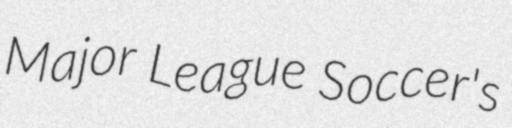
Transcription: Major League Soccer's